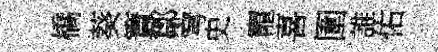
橋葵簀鄒穹史寵喜圍誰佑